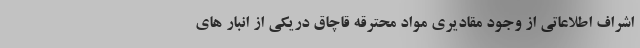
اشراف اطلاعاتی از وجود مقادیری مواد محترقه قاچاق دریکی از انبار های